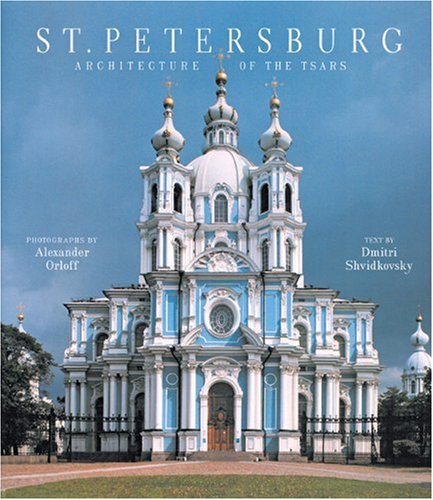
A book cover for St. Petersburg: Architecture of the Tsars; Dmitri O. Shvidkovsky; Arts & Photography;